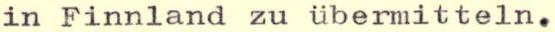
in Finnland zu übermitteln.